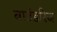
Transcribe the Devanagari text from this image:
बाउंडरिज